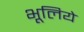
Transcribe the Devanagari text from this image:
भूलिये